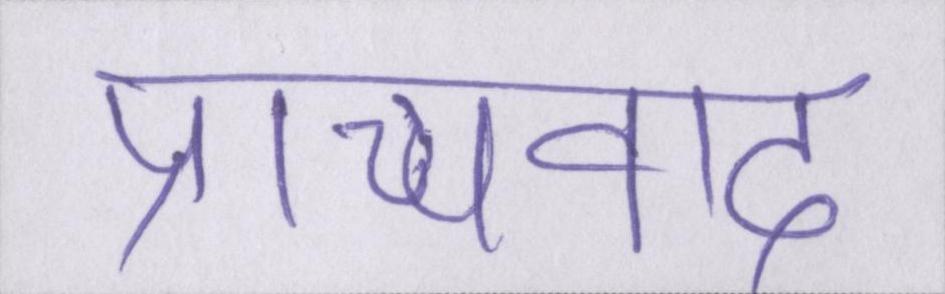
प्राच्यवाद